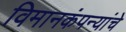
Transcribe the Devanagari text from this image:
विमानकंपन्यांचे